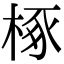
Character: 椓